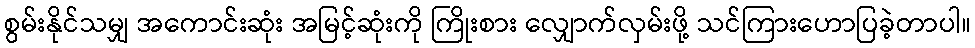
စွမ်းနိုင်သမျှ အကောင်းဆုံး အမြင့်ဆုံးကို ကြိုးစား လျှောက်လှမ်းဖို့ သင်ကြားဟောပြခဲ့တာပါ။